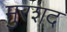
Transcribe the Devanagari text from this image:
मुरशद